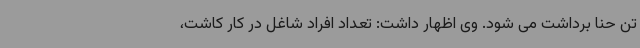
تن حنا برداشت می شود. وی اظهار داشت: تعداد افراد شاغل در کار کاشت،